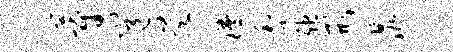
蔚邕昊腾梨弛形晁